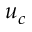
u _ { c }